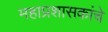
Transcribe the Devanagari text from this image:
महाप्रशासकांचे